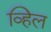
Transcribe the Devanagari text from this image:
व्हिल